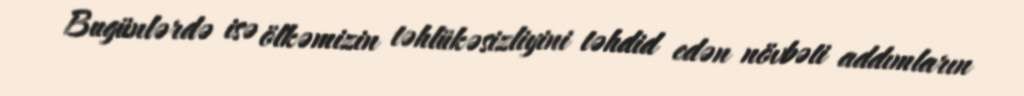
Bugünlərdə isə ölkəmizin təhlükəsizliyini təhdid edən növbəti addımların